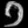
Digit: ၁